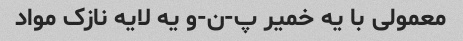
معمولی با یه خمیر پ-ن-و یه لایه نازک مواد